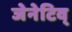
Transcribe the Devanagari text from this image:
जेनेटिव्